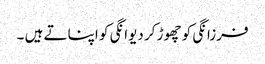
فرزانگی کو چھوڑ کر دیوانگی کو اپناتے ہیں ۔